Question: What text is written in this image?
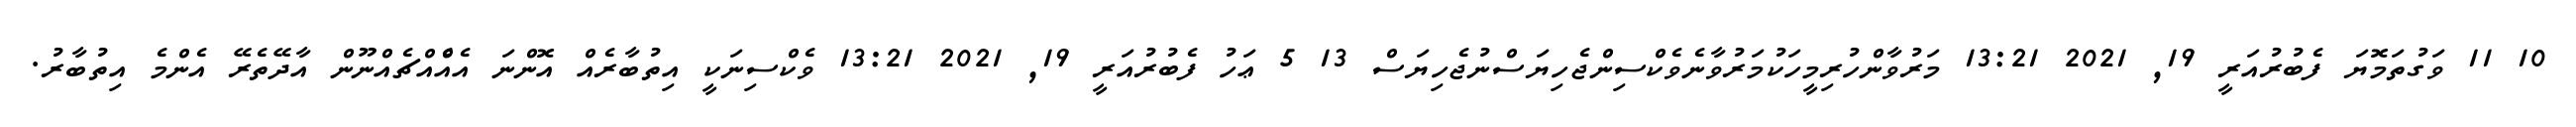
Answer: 10 11 ވަގުތަމޮޔަ ފެބުރުއަރީ 19, 2021 13:21 މަރުވާންހުރިމީހަކުމަރުވާނެވެކްސިންޖެހިޔަސްނުޖެހިޔަސް 13 5 ޢަހު ފެބުރުއަރީ 19, 2021 13:21 ވެކްސިނަކީ އިތުބާރެއް އޮންނަ އެއްެއްޗެއްނޫން އާދޭތެރޭ އެންމެ އިތުބާރު.